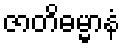
ဇာတိဓမ္မာနံ